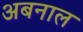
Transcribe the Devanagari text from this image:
अबनाल